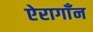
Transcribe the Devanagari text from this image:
ऐरागाँन